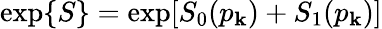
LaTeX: \exp\{ S\} =\exp[S_{0}(p_{\mathbf{k}})+S_{1}(p_{\mathbf{k}})]